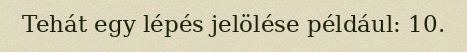
Tehát egy lépés jelölése például: 10.